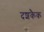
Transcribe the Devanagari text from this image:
दशकैक